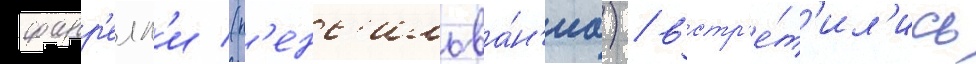
фарр'елл'и (п'енс'ильва́н'иа) / встр'е́т'ил'ись